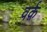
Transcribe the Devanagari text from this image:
वर्क़